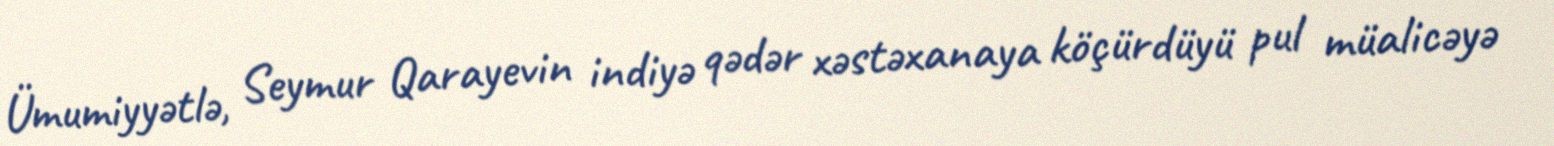
Ümumiyyətlə, Seymur Qarayevin indiyə qədər xəstəxanaya köçürdüyü pul müalicəyə